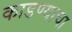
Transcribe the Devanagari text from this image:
काडण्याचा